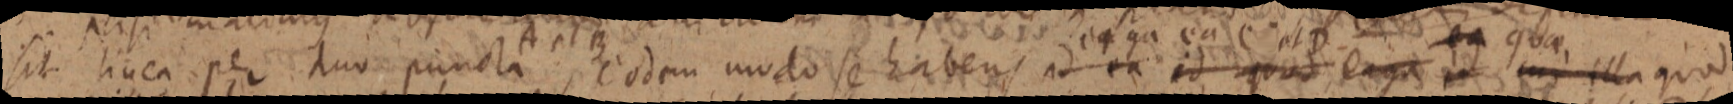
sit linea per duo puncta A et B eodem modo se habens ad ea id quod ergo in mi illa quod